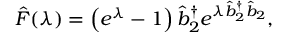
\hat { F } ( \lambda ) = \left( e ^ { \lambda } - 1 \right) \hat { b } _ { 2 } ^ { \dagger } e ^ { \lambda \hat { b } _ { 2 } ^ { \dagger } \hat { b } _ { 2 } } ,